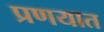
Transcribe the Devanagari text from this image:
प्रणयात